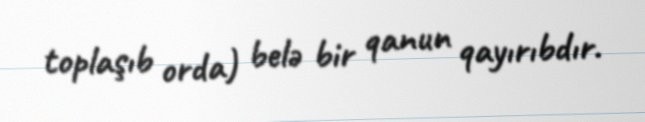
toplaşıb orda) belə bir qanun qayırıbdır.